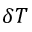
\delta T